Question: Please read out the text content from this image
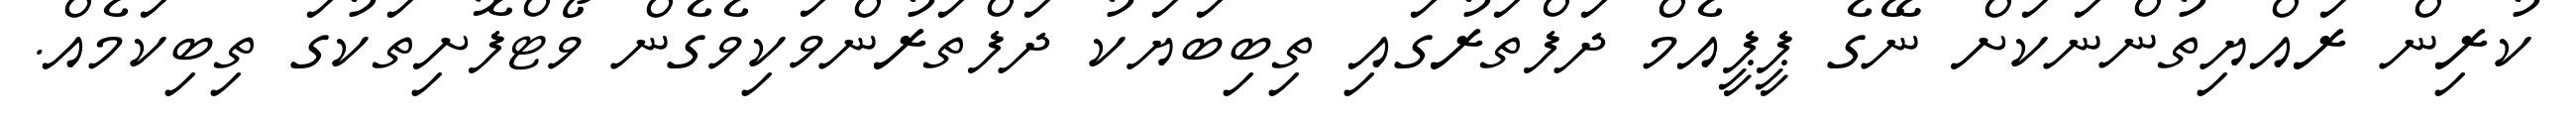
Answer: ކުރިން ރައްޔިތުންނަކަށް ނޭގެ ޕީޕީއެމް ދަފްތަރުގައި ތިބިބަޔަކު ދަފްތަރުންވަކިވެގެން ވޯޓްފޮށިތަކުގަ ތިބިކަމެއް.